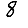
Digit: 8